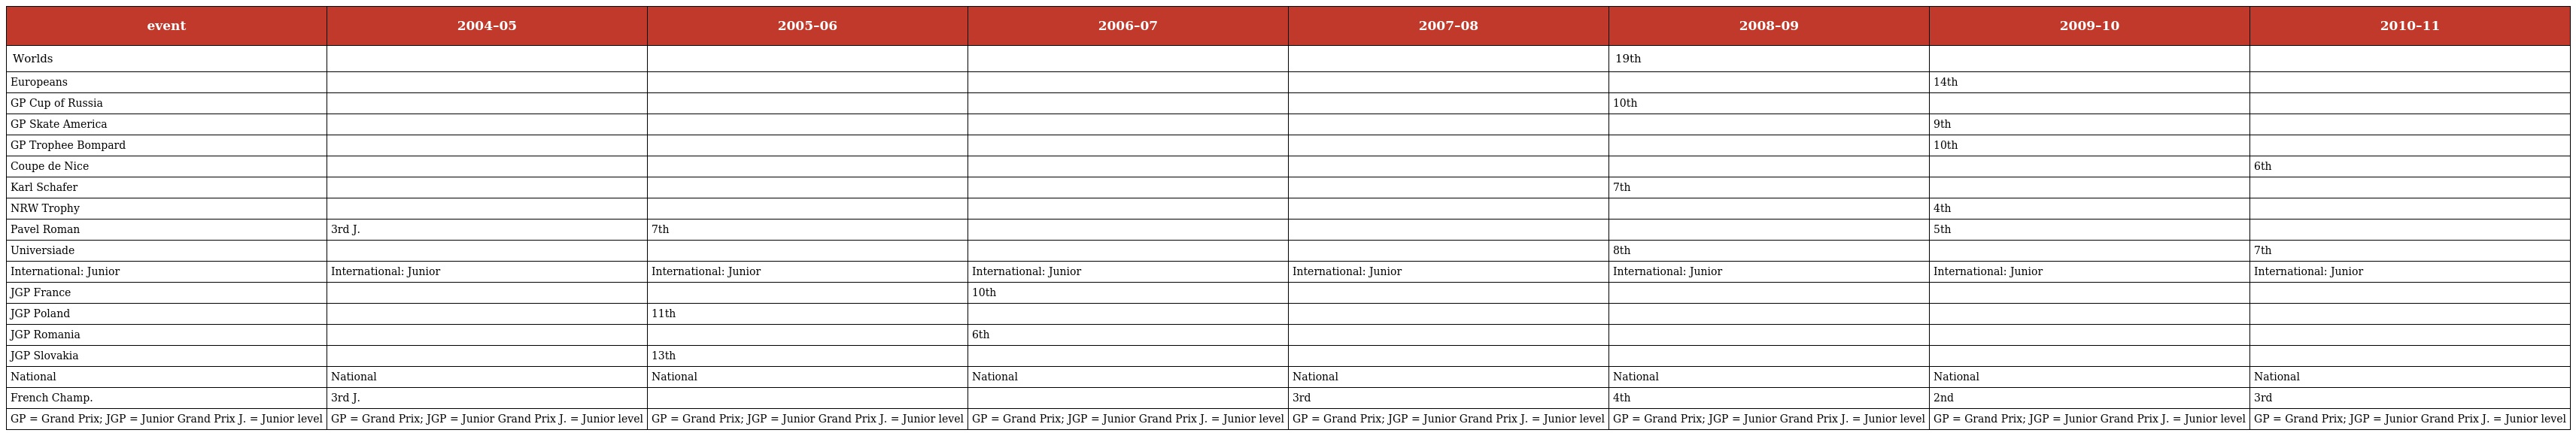
| event | 2004–05 | 2005–06 | 2006–07 | 2007–08 | 2008–09 | 2009–10 | 2010–11 |
 | --- | --- | --- | --- | --- | --- | --- | --- |
 | Worlds |  |  |  |  | 19th |  |  |
 | Europeans |  |  |  |  |  | 14th |  |
 | GP Cup of Russia |  |  |  |  | 10th |  |  |
 | GP Skate America |  |  |  |  |  | 9th |  |
 | GP Trophee Bompard |  |  |  |  |  | 10th |  |
 | Coupe de Nice |  |  |  |  |  |  | 6th |
 | Karl Schafer |  |  |  |  | 7th |  |  |
 | NRW Trophy |  |  |  |  |  | 4th |  |
 | Pavel Roman | 3rd J. | 7th |  |  |  | 5th |  |
 | Universiade |  |  |  |  | 8th |  | 7th |
 | International: Junior | International: Junior | International: Junior | International: Junior | International: Junior | International: Junior | International: Junior | International: Junior |
 | JGP France |  |  | 10th |  |  |  |  |
 | JGP Poland |  | 11th |  |  |  |  |  |
 | JGP Romania |  |  | 6th |  |  |  |  |
 | JGP Slovakia |  | 13th |  |  |  |  |  |
 | National | National | National | National | National | National | National | National |
 | French Champ. | 3rd J. |  |  | 3rd | 4th | 2nd | 3rd |
 | GP = Grand Prix; JGP = Junior Grand Prix J. = Junior level | GP = Grand Prix; JGP = Junior Grand Prix J. = Junior level | GP = Grand Prix; JGP = Junior Grand Prix J. = Junior level | GP = Grand Prix; JGP = Junior Grand Prix J. = Junior level | GP = Grand Prix; JGP = Junior Grand Prix J. = Junior level | GP = Grand Prix; JGP = Junior Grand Prix J. = Junior level | GP = Grand Prix; JGP = Junior Grand Prix J. = Junior level | GP = Grand Prix; JGP = Junior Grand Prix J. = Junior level |